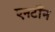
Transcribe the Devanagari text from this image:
एनटाँन